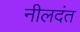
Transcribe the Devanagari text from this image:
नीलदंत